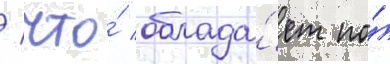
/ что́ облада́ет по́